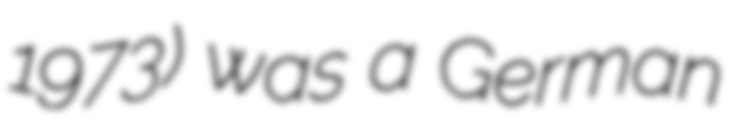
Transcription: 1973) was a German